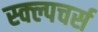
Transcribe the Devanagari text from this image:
स्क्ल्पचर्स